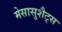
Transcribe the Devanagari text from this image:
मेसासुशैट्स